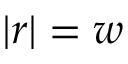
| r | = w